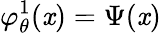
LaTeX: \varphi_{\theta}^{1}(\mathit{x})=\Psi(\mathit{x})